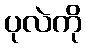
ပုလဲကို